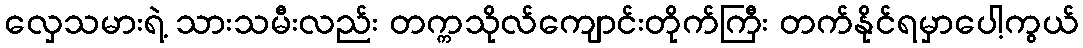
လှေသမားရဲ့ သားသမီးလည်း တက္ကသိုလ်ကျောင်းတိုက်ကြီး တက်နိုင်ရမှာပေါ့ကွယ်